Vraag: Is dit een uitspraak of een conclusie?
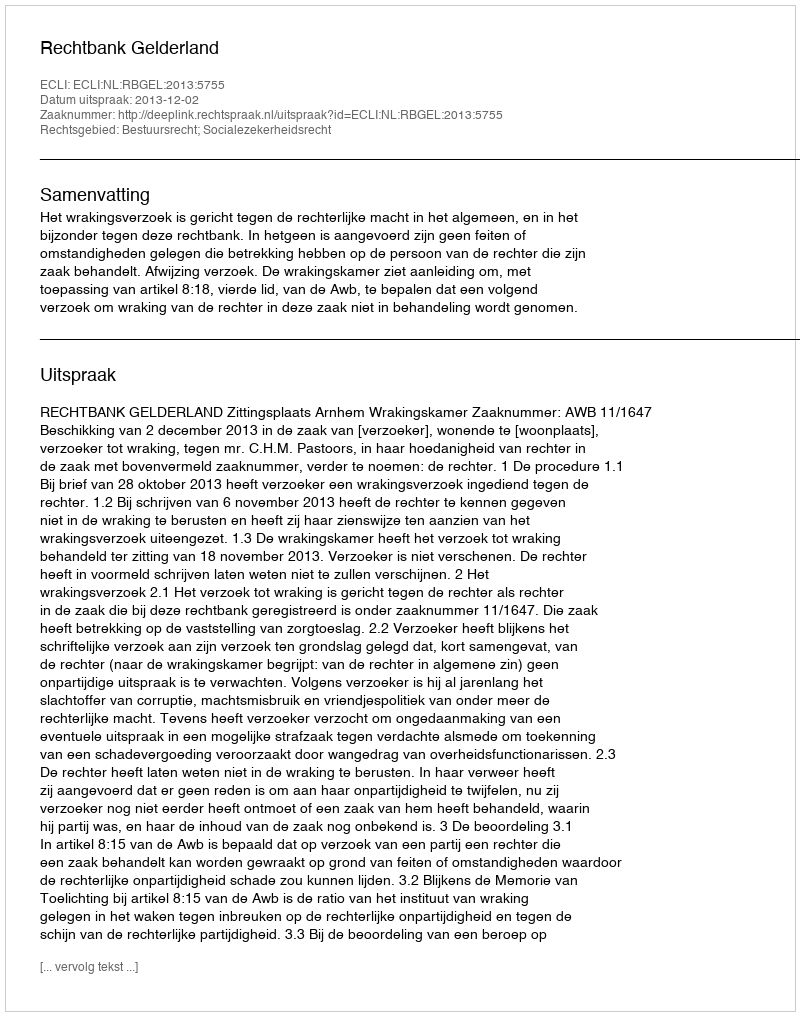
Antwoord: Uitspraak